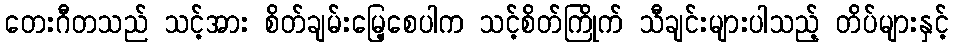
တေးဂီတသည် သင့်အား စိတ်ချမ်းမြေ့စေပါက သင့်စိတ်ကြိုက် သီချင်းများပါသည့် တိပ်များနှင့်